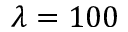
\lambda = 1 0 0